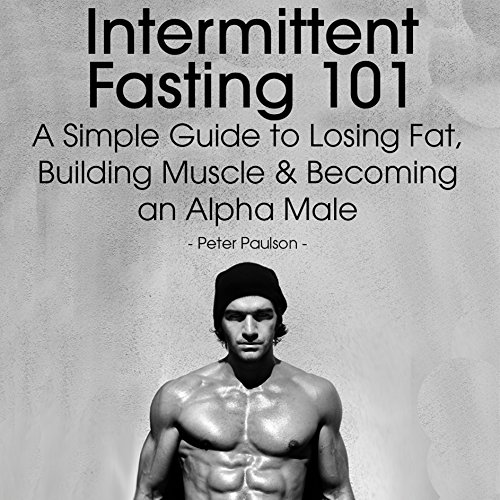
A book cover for Intermittent Fasting 101: A Simple Guide to Losing Fat, Building Muscle and Becoming an Alpha Male; Peter Paulson; Sports & Outdoors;